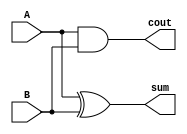
`timescale 1ns / 1ps
// Author Name: Deepak Lal
module Halff_Adder(sum, cout, A,B);
input A,B;
output sum, cout;

xor xor1(sum, A,B);
and and1(cout, A,B); 
endmodule